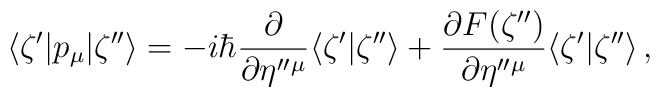
\langle  \zeta' |p_{\mu}|  \zeta'' \rangle=-i\hbar\frac{\partial }{\partial \eta''{}^{\mu}}\langle  \zeta' |\zeta''\rangle+\frac{\partial F(\zeta'')}{\partial \eta''{}^{\mu}}\langle  \zeta' |\zeta''\rangle\,,